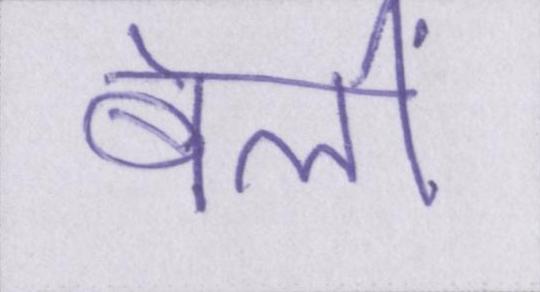
बेलीं